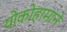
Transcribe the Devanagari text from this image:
योकोहामाने